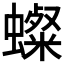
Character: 𧒷